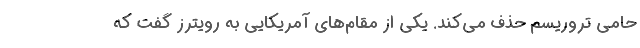
حامی تروریسم حذف می‌کند. یکی از مقام‌های آمریکایی به رویترز گفت که